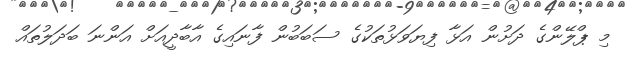
މި ޕްލޭންގެ ދަށުން އަޅާ ފިޔަވަޅުތަކުގެ ސަބަބުން ފާނައިގެ އާބާދީއަށް އަންނަ ބަދަލުތައް